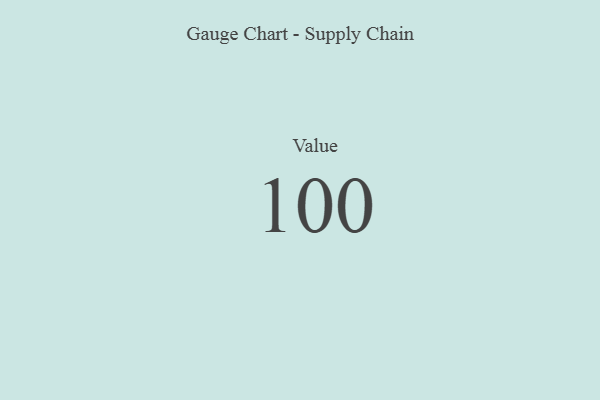
{"axis": {"x": "Metric", "y": "Value"}, "legend": [""], "data": [{"x": "Value", "y": 100, "type": ""}]}